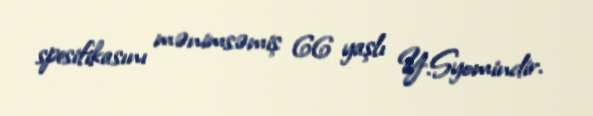
spesifikasını mənimsəmiş 66 yaşlı Y.Syomindir.